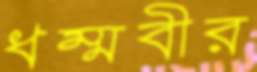
ধম্মবীর